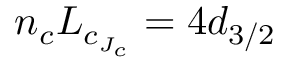
n _ { c } L _ { c _ { J _ { c } } } = 4 d _ { 3 / 2 }